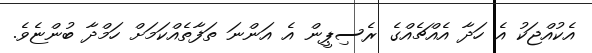
އެކުއްޖަކު އެ ހަދާ އެއްޗެއްގެ ރެސިޕީން އެ އަންނަ ތަފާތެއްކަމަށް ހަމްދާ ބުންޏެވެ.